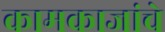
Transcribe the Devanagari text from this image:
कामकाजांचे